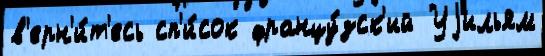
в'ерн'и́т'есь сп'и́сок францу́зск'ий Уjильям